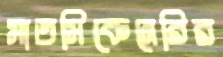
মাতসিকেনেরির